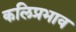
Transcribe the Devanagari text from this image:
कलिप्रभाव